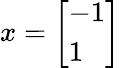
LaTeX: x=\left[{\begin{array}{l}{-1}\\ {1}\end{array}}\right]